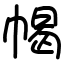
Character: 幆